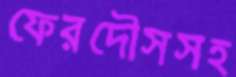
ফেরদৌসসহ